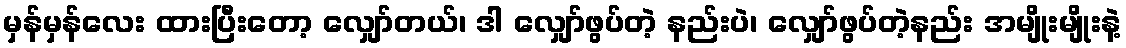
မှန်မှန်လေး ထားပြီးတော့ လျှော်တယ်၊ ဒါ လျှော်ဖွပ်တဲ့ နည်းပဲ၊ လျှော်ဖွပ်တဲ့နည်း အမျိုးမျိုးနဲ့